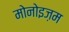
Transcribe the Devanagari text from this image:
मोनोइज़म